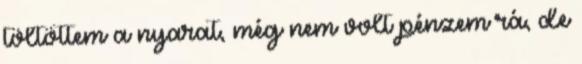
töltöttem a nyarat, még nem volt pénzem rá, de